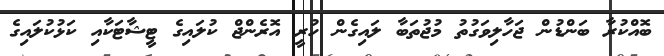
ބޮއްކުރާ ބަންޑުން ޖަހާލިވަގުތު މުޖުތަބާ ލައިގެން ހުރީ އޮރެންޖް ކުލައިގެ ޓީޝާޓަކާއި ކަޅުކުލައިގެ